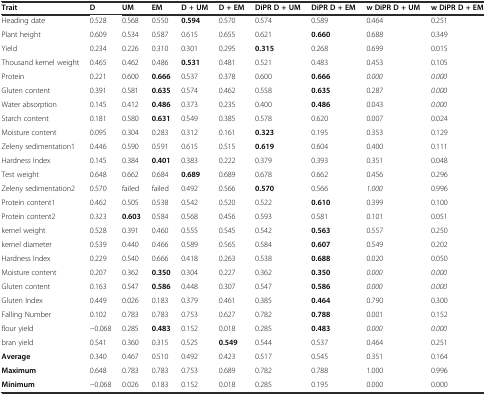
<table><thead><tr><td><b>Trait</b></td><td><b>D</b></td><td><b>UM</b></td><td><b>EM</b></td><td><b>D + UM</b></td><td><b>D + EM</b></td><td><b>DiPR D + UM</b></td><td><b>DiPR D + EM</b></td><td><b>w DiPR D + UM</b></td><td><b>w DiPR D + EM</b></td></tr></thead><tbody><tr><td>Heading date</td><td>0.528</td><td>0.568</td><td>0.550</td><td><b>0.594</b></td><td>0.570</td><td>0.574</td><td>0.589</td><td>0.464</td><td>0.251</td></tr><tr><td>Plant height</td><td>0.609</td><td>0.534</td><td>0.587</td><td>0.615</td><td>0.655</td><td>0.621</td><td><b>0.660</b></td><td>0.688</td><td>0.349</td></tr><tr><td>Yield</td><td>0.234</td><td>0.226</td><td>0.310</td><td>0.301</td><td>0.295</td><td><b>0.315</b></td><td>0.268</td><td>0.699</td><td>0.015</td></tr><tr><td>Thousand kernel weight</td><td>0.465</td><td>0.462</td><td>0.486</td><td><b>0.531</b></td><td>0.481</td><td>0.521</td><td>0.483</td><td>0.453</td><td>0.105</td></tr><tr><td>Protein</td><td>0.221</td><td>0.600</td><td><b>0.666</b></td><td>0.537</td><td>0.378</td><td>0.600</td><td><b>0.666</b></td><td><i>0.000</i></td><td><i>0.000</i></td></tr><tr><td>Gluten content</td><td>0.391</td><td>0.581</td><td><b>0.635</b></td><td>0.574</td><td>0.462</td><td>0.558</td><td><b>0.635</b></td><td>0.287</td><td><i>0.000</i></td></tr><tr><td>Water absorption</td><td>0.145</td><td>0.412</td><td><b>0.486</b></td><td>0.373</td><td>0.235</td><td>0.400</td><td><b>0.486</b></td><td>0.043</td><td><i>0.000</i></td></tr><tr><td>Starch content</td><td>0.181</td><td>0.580</td><td><b>0.631</b></td><td>0.549</td><td>0.385</td><td>0.578</td><td>0.620</td><td>0.007</td><td>0.024</td></tr><tr><td>Moisture content</td><td>0.095</td><td>0.304</td><td>0.283</td><td>0.312</td><td>0.161</td><td><b>0.323</b></td><td>0.195</td><td>0.353</td><td>0.129</td></tr><tr><td>Zeleny sedimentation1</td><td>0.446</td><td>0.590</td><td>0.591</td><td>0.615</td><td>0.515</td><td><b>0.619</b></td><td>0.604</td><td>0.400</td><td>0.111</td></tr><tr><td>Hardness Index</td><td>0.145</td><td>0.384</td><td><b>0.401</b></td><td>0.383</td><td>0.222</td><td>0.379</td><td>0.393</td><td>0.351</td><td>0.048</td></tr><tr><td>Test weight</td><td>0.648</td><td>0.662</td><td>0.684</td><td><b>0.689</b></td><td>0.689</td><td>0.678</td><td>0.662</td><td>0.456</td><td>0.296</td></tr><tr><td>Zeleny sedimentation2</td><td>0.570</td><td>failed</td><td>failed</td><td>0.492</td><td>0.566</td><td><b>0.570</b></td><td>0.566</td><td><i>1.000</i></td><td>0.996</td></tr><tr><td>Protein content1</td><td>0.462</td><td>0.505</td><td>0.538</td><td>0.542</td><td>0.520</td><td>0.522</td><td><b>0.610</b></td><td>0.399</td><td>0.100</td></tr><tr><td>Protein content2</td><td>0.323</td><td><b>0.603</b></td><td>0.584</td><td>0.568</td><td>0.456</td><td>0.593</td><td>0.581</td><td>0.101</td><td>0.051</td></tr><tr><td>kernel weight</td><td>0.528</td><td>0.391</td><td>0.460</td><td>0.555</td><td>0.545</td><td>0.542</td><td><b>0.563</b></td><td>0.557</td><td>0.250</td></tr><tr><td>kernel diameter</td><td>0.539</td><td>0.440</td><td>0.466</td><td>0.589</td><td>0.565</td><td>0.584</td><td><b>0.607</b></td><td>0.549</td><td>0.202</td></tr><tr><td>Hardness Index</td><td>0.229</td><td>0.540</td><td>0.666</td><td>0.418</td><td>0.263</td><td>0.538</td><td><b>0.688</b></td><td>0.020</td><td>0.050</td></tr><tr><td>Moisture content</td><td>0.207</td><td>0.362</td><td><b>0.350</b></td><td>0.304</td><td>0.227</td><td>0.362</td><td><b>0.350</b></td><td><i>0.000</i></td><td><i>0.000</i></td></tr><tr><td>Gluten content</td><td>0.163</td><td>0.547</td><td><b>0.586</b></td><td>0.448</td><td>0.307</td><td>0.547</td><td><b>0.586</b></td><td><i>0.000</i></td><td><i>0.000</i></td></tr><tr><td>Gluten Index</td><td>0.449</td><td>0.026</td><td>0.183</td><td>0.379</td><td>0.461</td><td>0.385</td><td><b>0.464</b></td><td>0.790</td><td>0.300</td></tr><tr><td>Falling Number</td><td>0.102</td><td>0.783</td><td>0.783</td><td>0.753</td><td>0.627</td><td>0.782</td><td><b>0.788</b></td><td>0.001</td><td>0.152</td></tr><tr><td>flour yield</td><td>−0.068</td><td>0.285</td><td><b>0.483</b></td><td>0.152</td><td>0.018</td><td>0.285</td><td><b>0.483</b></td><td><i>0.000</i></td><td><i>0.000</i></td></tr><tr><td>bran yield</td><td>0.541</td><td>0.360</td><td>0.315</td><td>0.525</td><td><b>0.549</b></td><td>0.544</td><td>0.537</td><td>0.464</td><td>0.251</td></tr><tr><td><b>Average</b></td><td>0.340</td><td>0.467</td><td>0.510</td><td>0.492</td><td>0.423</td><td>0.517</td><td>0.545</td><td>0.351</td><td>0.164</td></tr><tr><td><b>Maximum</b></td><td>0.648</td><td>0.783</td><td>0.783</td><td>0.753</td><td>0.689</td><td>0.782</td><td>0.788</td><td>1.000</td><td>0.996</td></tr><tr><td><b>Minimum</b></td><td>−0.068</td><td>0.026</td><td>0.183</td><td>0.152</td><td>0.018</td><td>0.285</td><td>0.195</td><td>0.000</td><td>0.000</td></tr></tbody></table>